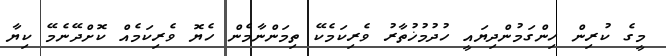
މީގެ ކުރިން ހިންގަމުންދިޔައީ ހުދުމުޚުތާރު ވެރިކަމެކޭ ތިމަންނާމެން ހެޔޮ ވެރިކަމެއް ކޮށްދޭނެމޭ ކިޔާ